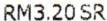
RM3.20 SR